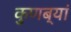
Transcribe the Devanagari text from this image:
कुणब्यां